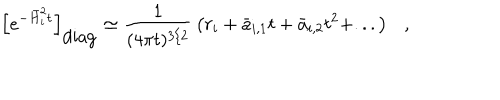
LaTeX: \left[ e ^ { - \bar { H } _ { i } ^ { 2 } t } \right] _ { \mathrm { d i a g } } \simeq { \frac { 1 } { ( 4 \pi t ) ^ { 3 / 2 } } } \left( r _ { i } + \bar { a } _ { i , 1 } t + \bar { a } _ { i , 2 } t ^ { 2 } + . . . \right) ,